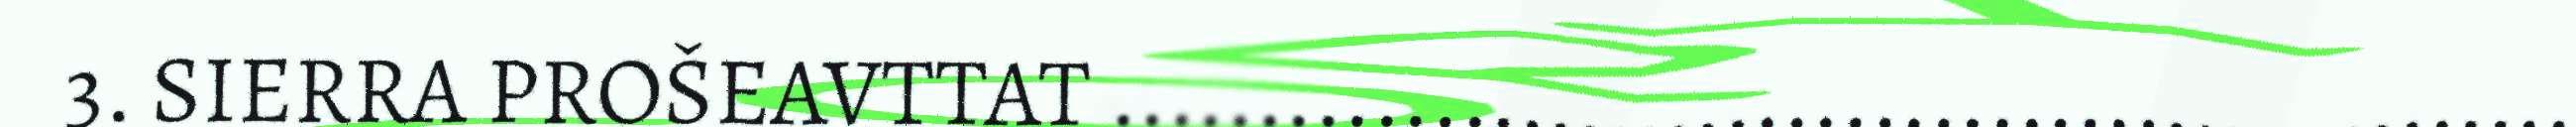
3. SIERRA PROŠEAVTTAT ..................................................